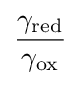
{\frac {\gamma _{\text{red}}}{\gamma _{\text{ox}}}}